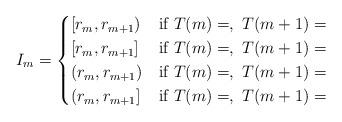
LaTeX: \begin{align*}I_m=\begin{cases} [r_m,r_{m+1}) &\hbox{if } T(m)=,\ T(m+1)=\\ [r_m,r_{m+1}] &\hbox{if } T(m)=,\ T(m+1)=\\ (r_m,r_{m+1}) &\hbox{if } T(m)=,\ T(m+1)=\\ (r_m,r_{m+1}] &\hbox{if } T(m)=,\ T(m+1)=\\\end{cases}\end{align*}